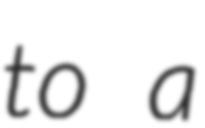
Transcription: to a